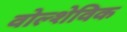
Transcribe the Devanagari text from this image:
वोल्शेविक